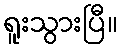
ရူးသွားပြီ။